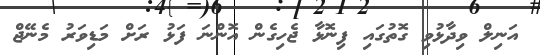
އަނިލް ވިދާޅުވި ގޮތުގައި ފިނޮޅާ ޖެހިގެން އޮންނަ ފަޅު ރަށް މަޑިވަރު މެނޭޖް